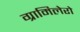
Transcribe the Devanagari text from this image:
ग्रामिलेरो